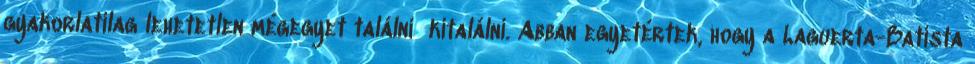
gyakorlatilag lehetetlen mégegyet találni kitalálni. Abban egyetértek, hogy a Laguerta-Batista